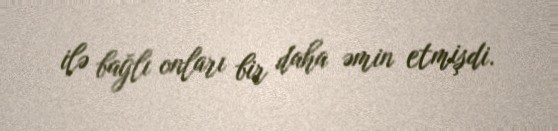
ilə bağlı onları bir daha əmin etmişdi.